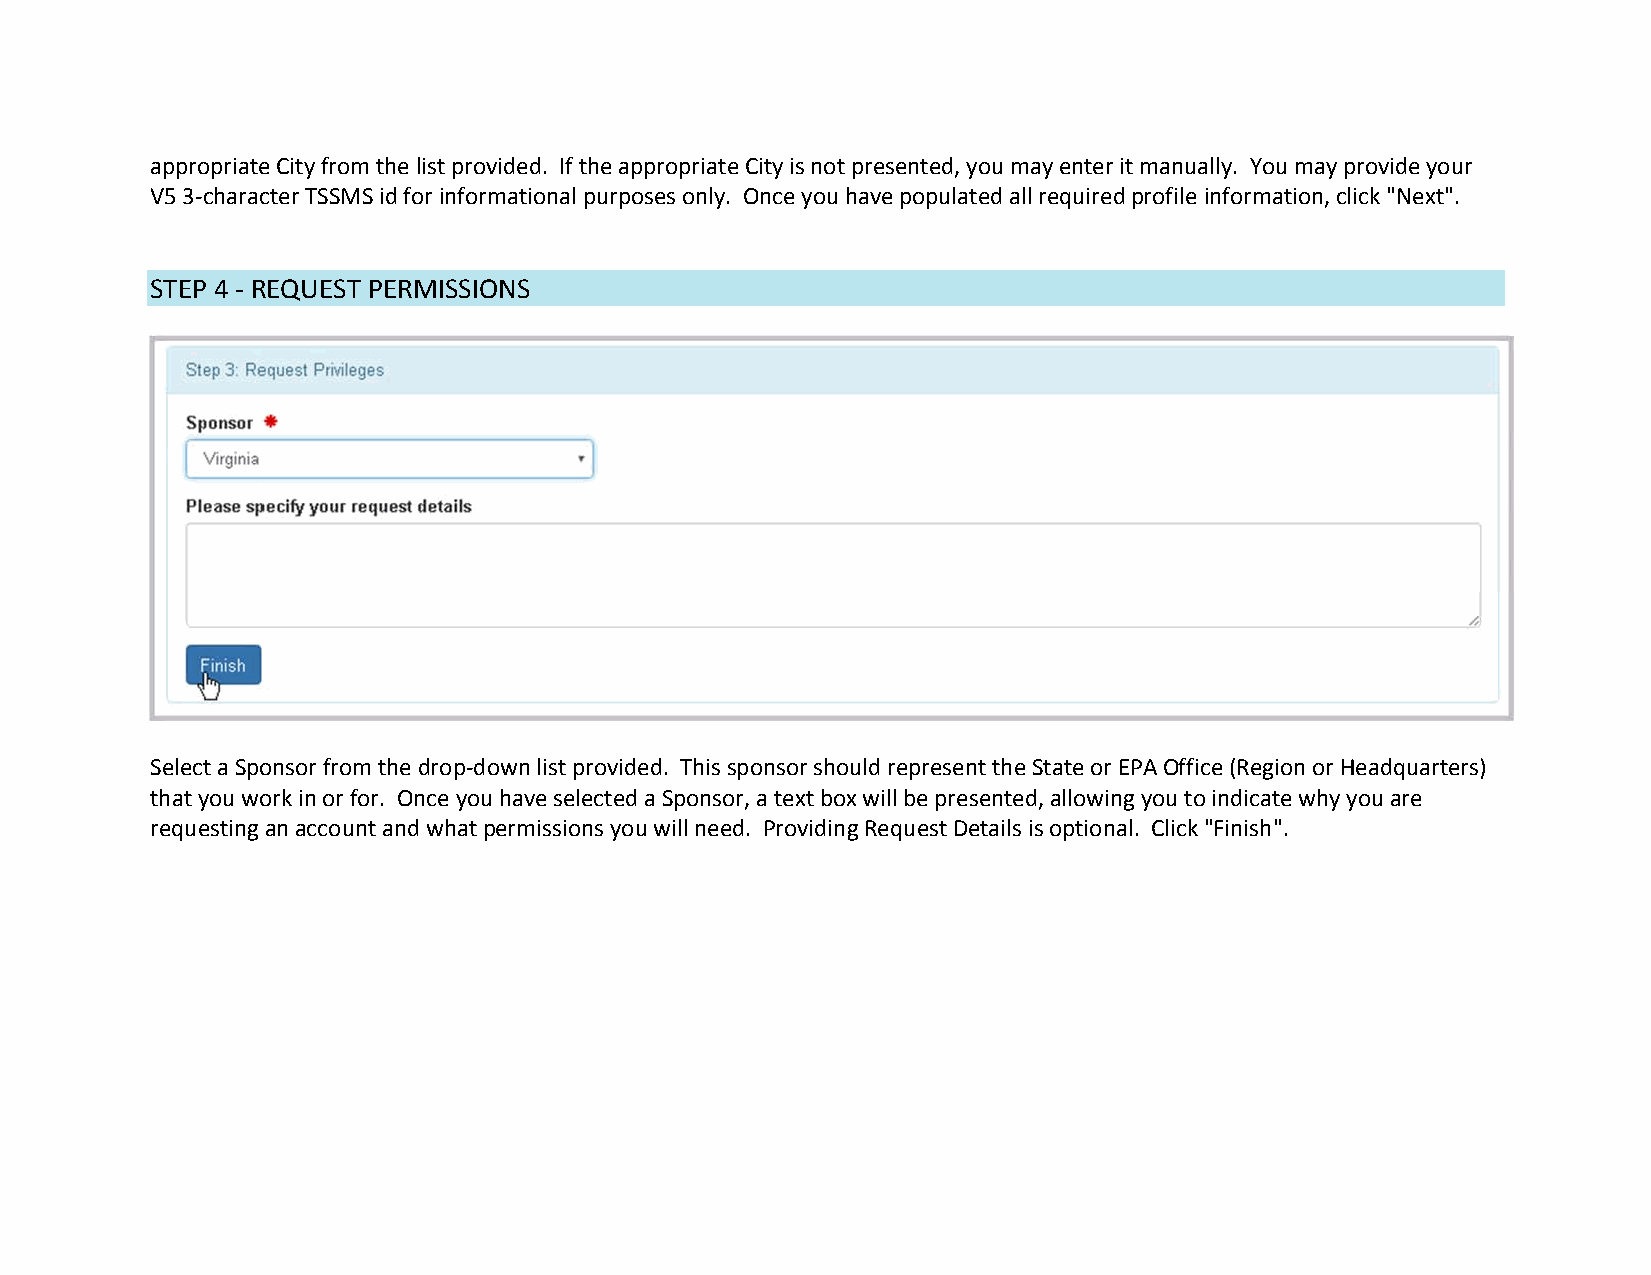
appropriate City from the list provided. If the appropriate City is not presented, you may enter it manually. You may provide your
 V5 3‐character TSSMS id for informational purposes only. Once you have populated all required profile information, click "Next".
 STEP 4 ‐ REQUEST PERMISSIONS
 Select a Sponsor from the drop‐down list provided. This sponsor should represent the State or EPA Office (Region or Headquarters)
 that you work in or for. Once you have selected a Sponsor, a text box will be presented, allowing you to indicate why you are
 requesting an account and what permissions you will need. Providing Request Details is optional. Click "Finish".